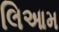
લિઆમ